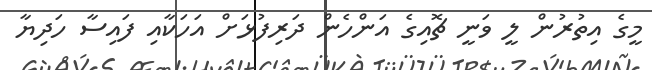
މީގެ އިތުރުން ލީ ވަނީ ޗޮއިގެ އަންހެން ދަރިފުޅަށް އަހަކާއި ފައިސާ ހަދިޔާ